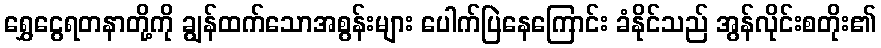
ရွှေငွေရတနာတို့ကို ချွန်ထက်သောအစွန်းများ ပေါက်ပြဲနေကြောင်း ခံနိုင်သည် အွန်လိုင်းစတိုး၏